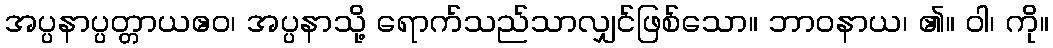
အပ္ပနာပ္ပတ္တာယဧဝ၊ အပ္ပနာသို့ ရောက်သည်သာလျှင်ဖြစ်သော။ ဘာဝနာယ၊ ၏။ ဝါ၊ ကို။